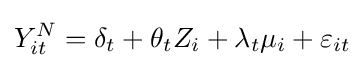
Y_{it}^{N}=\delta _{t}+\theta _{t}Z_{i}+\lambda _{t}\mu _{i}+\varepsilon _{it}